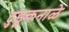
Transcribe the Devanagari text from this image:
दुडूकनाळे